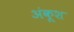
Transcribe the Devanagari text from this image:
अंकूश